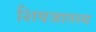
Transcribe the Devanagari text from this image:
शिवजातस्य